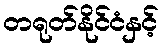
တရုတ်နိုင်ငံနှင့်